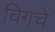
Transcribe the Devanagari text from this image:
विगचे